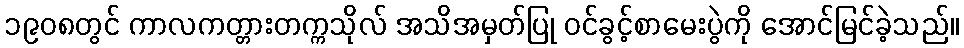
၁၉၀၈တွင် ကာလကတ္တားတက္ကသိုလ် အသိအမှတ်ပြု ဝင်ခွင့်စာမေးပွဲကို အောင်မြင်ခဲ့သည်။